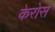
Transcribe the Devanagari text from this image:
केरोस